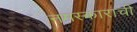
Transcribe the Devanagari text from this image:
नमस्काराची